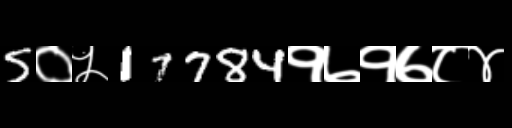
Text: 5०५17784१७१७८४